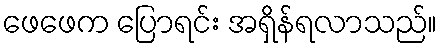
ဖေဖေက ပြောရင်း အရှိန်ရလာသည်။